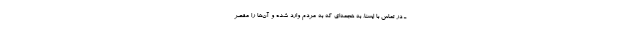
ـ در تماس با ایسنا، به هجمه‌ای که به مردم وارد شده و آن‌ها را مقصر